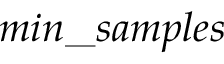
m i n \_ s a m p l e s